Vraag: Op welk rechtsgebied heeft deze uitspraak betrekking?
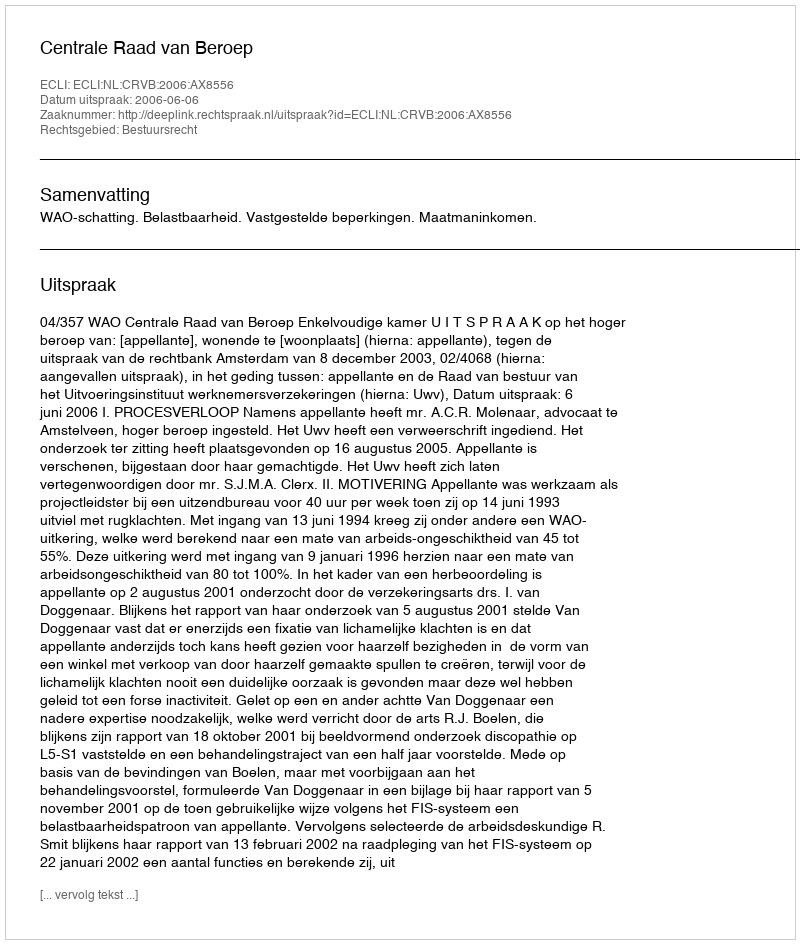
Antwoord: Bestuursrecht